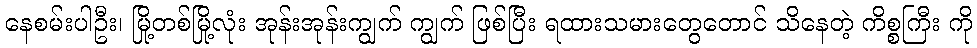
နေစမ်းပါဦး၊ မြို့တစ်မြို့လုံး အုန်းအုန်းကျွက် ကျွက် ဖြစ်ပြီး ရထားသမားတွေတောင် သိနေတဲ့ ကိစ္စကြီး ကို